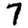
Digit: 7